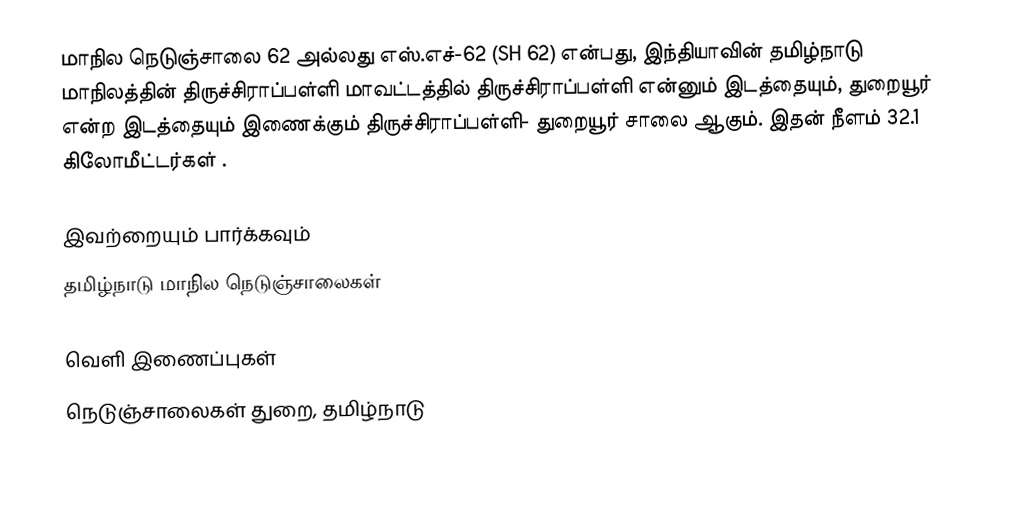
மாநில நெடுஞ்சாலை 62 அல்லது எஸ்.எச்-62 (SH 62) என்பது, இந்தியாவின் தமிழ்நாடு மாநிலத்தின் திருச்சிராப்பள்ளி மாவட்டத்தில் திருச்சிராப்பள்ளி என்னும் இடத்தையும், துறையூர் என்ற இடத்தையும் இணைக்கும் திருச்சிராப்பள்ளி- துறையூர் சாலை ஆகும். இதன் நீளம் 32.1  கிலோமீட்டர்கள் .

இவற்றையும் பார்க்கவும்
 தமிழ்நாடு மாநில நெடுஞ்சாலைகள்

வெளி இணைப்புகள்
 நெடுஞ்சாலைகள் துறை, தமிழ்நாடு